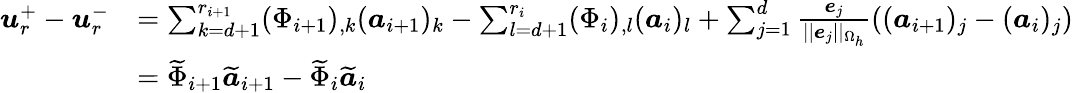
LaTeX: \begin{array}{rl}{\boldsymbol{u}_{r}^{+}-\boldsymbol{u}_{r}^{-}}&{=\sum_{k=d+1}^{r_{i+1}}(\Phi_{i+1})_{,k}(\boldsymbol{a}_{i+1})_{k}-\sum_{l=d+1}^{r_{i}}(\Phi_{i})_{,l}(\boldsymbol{a}_{i})_{l}+\sum_{j=1}^{d}\frac{\boldsymbol{e}_{j}}{||\boldsymbol{e}_{j}||_{\Omega_{h}}}((\boldsymbol{a}_{i+1})_{j}-(\boldsymbol{a}_{i})_{j})}\\ &{=\widetilde{\Phi}_{i+1}\widetilde{\boldsymbol{a}}_{i+1}-\widetilde{\Phi}_{i}\widetilde{\boldsymbol{a}}_{i}}\end{array}